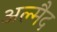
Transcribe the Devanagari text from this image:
अल्मैद